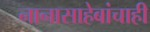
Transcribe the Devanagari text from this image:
नानासाहेबांचाही